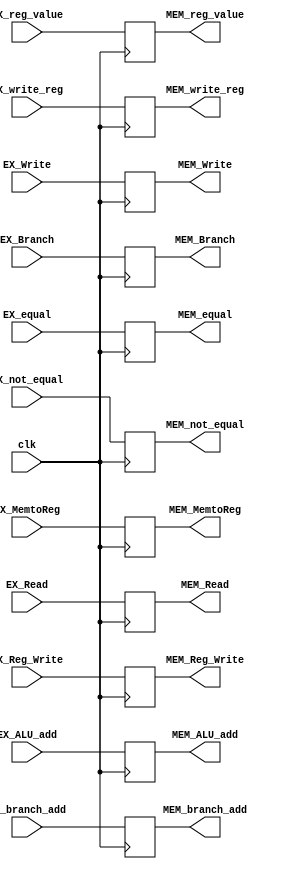
module EX_MEM(clk ,EX_Reg_Write ,EX_MemtoReg,MEM_Reg_Write, MEM_MemtoReg ,  EX_Branch, EX_Read, EX_Write , MEM_Branch , MEM_Read ,MEM_Write,EX_equal,EX_not_equal,MEM_equal,MEM_not_equal,EX_branch_add ,MEM_branch_add, EX_ALU_add ,MEM_ALU_add,EX_reg_value ,MEM_reg_value ,EX_write_reg,MEM_write_reg);
input clk;
input [31:0] EX_branch_add ,EX_ALU_add ,EX_reg_value;
input EX_equal,EX_not_equal ;
input [4:0]  EX_write_reg ;
input EX_Reg_Write,EX_MemtoReg,EX_Branch,EX_Read,EX_Write;
output reg [31:0]  MEM_ALU_add ,MEM_reg_value, MEM_branch_add;
output reg MEM_equal ,MEM_not_equal ;
output reg [4:0]  MEM_write_reg ;
output reg MEM_Branch , MEM_Read , MEM_Write,MEM_Reg_Write,MEM_MemtoReg ;


always @(posedge clk)

begin

MEM_Reg_Write = EX_Reg_Write;
MEM_MemtoReg = EX_MemtoReg;
MEM_Branch = EX_Branch;
MEM_branch_add=EX_branch_add;
MEM_Read = EX_Read;
MEM_equal=EX_equal;
MEM_not_equal=EX_not_equal;
MEM_Write = EX_Write;
MEM_ALU_add = EX_ALU_add;
MEM_reg_value = EX_reg_value;
MEM_write_reg = EX_write_reg;

end

endmodule